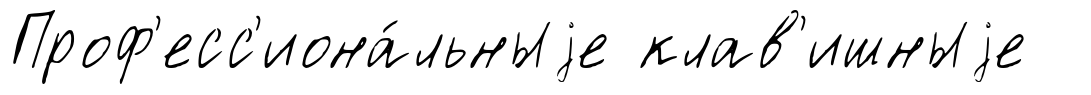
Проф'есс'иона́льныjе клав'ишныjе